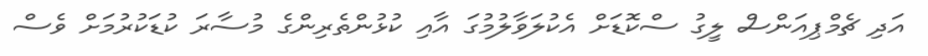
އަދި ޗެމްޕިއަންސް ލީގު ސްކޮޑަށް އެކުލަވާލުމުގަ އާއި ކުޅުންތެރިންގެ މުސާރަ ކުޑަކުރުމަށް ވެސް